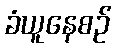
ခံယူနေစဉ်